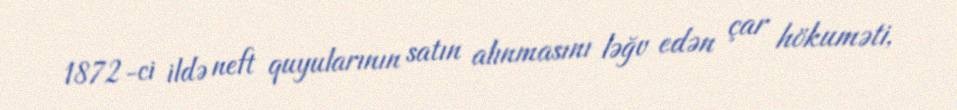
1872-ci ildə neft quyularının satın alınmasını ləğv edən çar hökuməti,